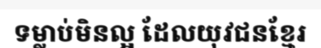
ទម្លាប់មិនល្អ ដែលយុវជនខ្មែរ